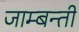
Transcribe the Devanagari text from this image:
जाम्बन्ती